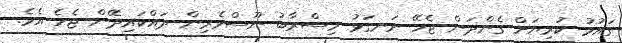
ގައުމު ކުރިޔަށް ގެންދަން ޖެހޭ ރަނގަޅު މިސްރާބު ނޫސްވެރިން ދައްކައިދޭން ޖެހެ އެވެ.